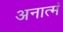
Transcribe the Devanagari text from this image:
अनात्मं